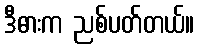
ဒီဓားက ညစ်ပတ်တယ်။